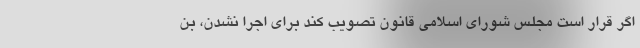
اگر قرار است مجلس شورای اسلامی قانون تصویب کند برای اجرا نشدن، بن